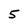
Character: 5